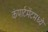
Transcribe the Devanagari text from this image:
कंपार्टमेंटमध्ये